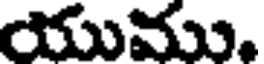
యుము.